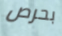
بحرص